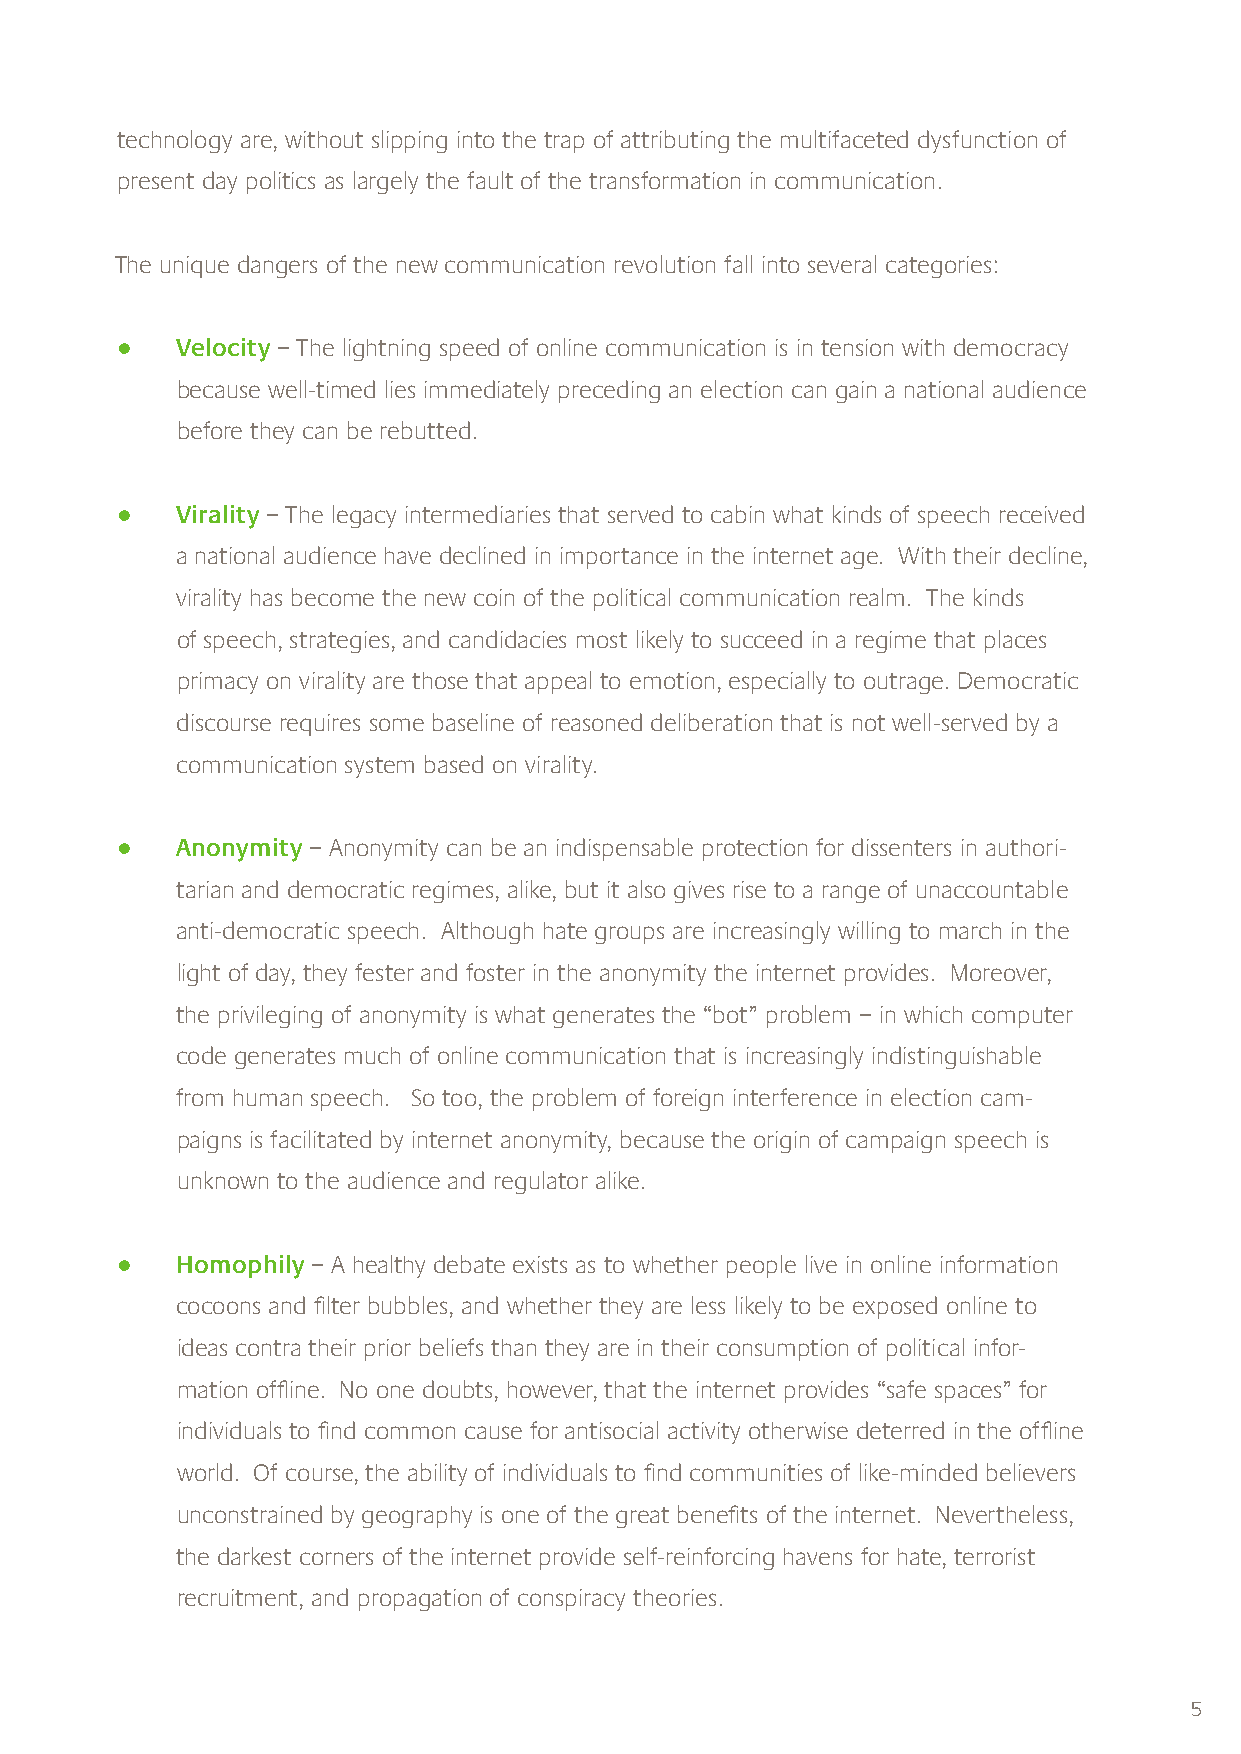
technology are, without slipping into the trap of attributing the multifaceted dysfunction of
 present day politics as largely the fault of the transformation in communication.
 The unique dangers of the new communication revolution fall into several categories:
    Velocity – The lightning speed of online communication is in tension with democracy
 because well-timed lies immediately preceding an election can gain a national audience
 before they can be rebutted.
    Virality – The legacy intermediaries that served to cabin what kinds of speech received
 a national audience have declined in importance in the internet age. With their decline,
 virality has become the new coin of the political communication realm. The kinds
 of speech, strategies, and candidacies most likely to succeed in a regime that places
 primacy on virality are those that appeal to emotion, especially to outrage. Democratic
 discourse requires some baseline of reasoned deliberation that is not well-served by a
 communication system based on virality.
    Anonymity – Anonymity can be an indispensable protection for dissenters in authori-
 tarian and democratic regimes, alike, but it also gives rise to a range of unaccountable
 anti-democratic speech. Although hate groups are increasingly willing to march in the
 light of day, they fester and foster in the anonymity the internet provides. Moreover,
 the privileging of anonymity is what generates the “bot” problem – in which computer
 code generates much of online communication that is increasingly indistinguishable
 from human speech. So too, the problem of foreign interference in election cam-
 paigns is facilitated by internet anonymity, because the origin of campaign speech is
 unknown to the audience and regulator alike.
    Homophily – A healthy debate exists as to whether people live in online information
 cocoons and filter bubbles, and whether they are less likely to be exposed online to
 ideas contra their prior beliefs than they are in their consumption of political infor-
 mation offline. No one doubts, however, that the internet provides “safe spaces” for
 individuals to find common cause for antisocial activity otherwise deterred in the offline
 world. Of course, the ability of individuals to find communities of like-minded believers
 unconstrained by geography is one of the great benefits of the internet. Nevertheless,
 the darkest corners of the internet provide self-reinforcing havens for hate, terrorist
 recruitment, and propagation of conspiracy theories.
 5